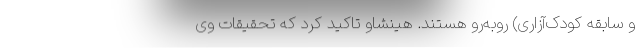
و سابقه کودک‌آزاری) روبه‌رو هستند. هینشاو تاکید کرد که تحقیقات وی